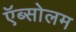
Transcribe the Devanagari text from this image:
ऍब्सोलम